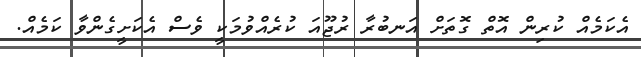
އެކަމެއް ކުރިން އޮތް ގޮތަށް އަނބުރާ ރުޖޫއަ ކުރެއްވުމަކީ ވެސް އެކަށީގެންވާ ކަމެއް.